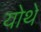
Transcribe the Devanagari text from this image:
योथे